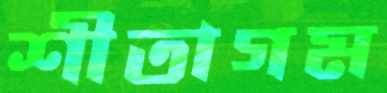
শীতাগম